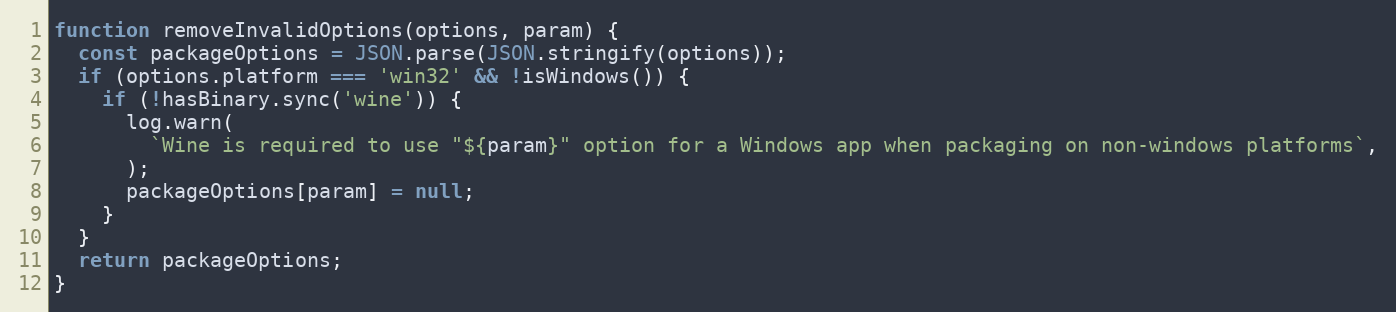
Language: JavaScript
function removeInvalidOptions(options, param) {
  const packageOptions = JSON.parse(JSON.stringify(options));
  if (options.platform === 'win32' && !isWindows()) {
    if (!hasBinary.sync('wine')) {
      log.warn(
        `Wine is required to use "${param}" option for a Windows app when packaging on non-windows platforms`,
      );
      packageOptions[param] = null;
    }
  }
  return packageOptions;
}